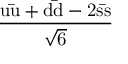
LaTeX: \mathrm { \frac { u { \bar { u } } + d { \bar { d } } - 2 s { \bar { s } } } { \sqrt { 6 } } }